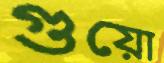
গুয়ো